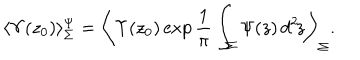
\langle \Upsilon ( z _ { 0 } ) \rangle _ { \Sigma } ^ { \Psi } = \left\langle \Upsilon ( z _ { 0 } ) \exp \frac { 1 } { \pi } \int _ { \Sigma } \Psi ( z ) \, d ^ { 2 } \! z \right\rangle _ { \Sigma } .